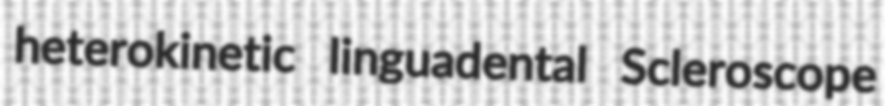
heterokinetic linguadental Scleroscope